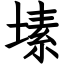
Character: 塐